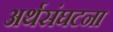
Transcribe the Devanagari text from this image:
अर्थसंघटना